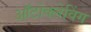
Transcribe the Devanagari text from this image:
ऑटोक्लेविंग